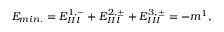
E _ { m i n . } = E _ { I I I } ^ { 1 , - } + E _ { I I I } ^ { 2 , \pm } + E _ { I I I } ^ { 3 , \pm } = - m ^ { 1 } ,